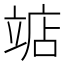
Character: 𫁥